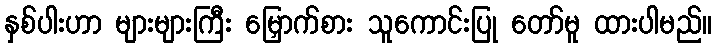
နှစ်ပါးဟာ များများကြီး မြှောက်စား သူကောင်းပြု တော်မူ ထားပါမည်။